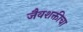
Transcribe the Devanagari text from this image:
जैवशक्तीचा